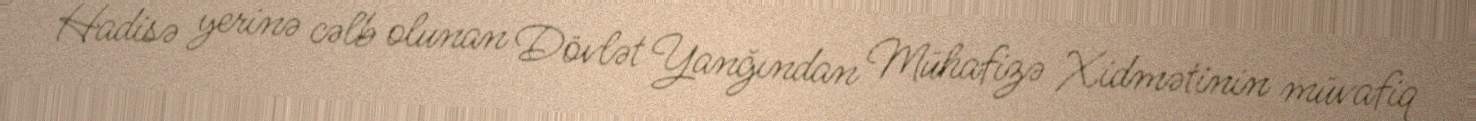
Hadisə yerinə cəlb olunan Dövlət Yanğından Mühafizə Xidmətinin müvafiq